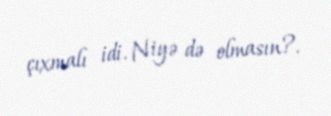
çıxmalı idi. Niyə də olmasın?.